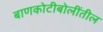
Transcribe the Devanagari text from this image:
बाणकोटीबोलींतील